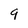
Character: 9